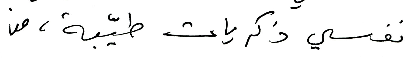
نفسي ذكريات طيّبة، من